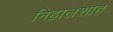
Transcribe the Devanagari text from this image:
निहालशाह